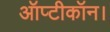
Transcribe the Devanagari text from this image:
ऑप्टीकॉन।